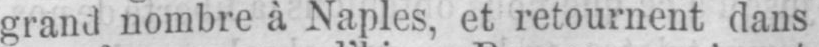
grand nombre à Naples. et retournent dans